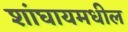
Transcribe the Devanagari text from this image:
शांघायमधील